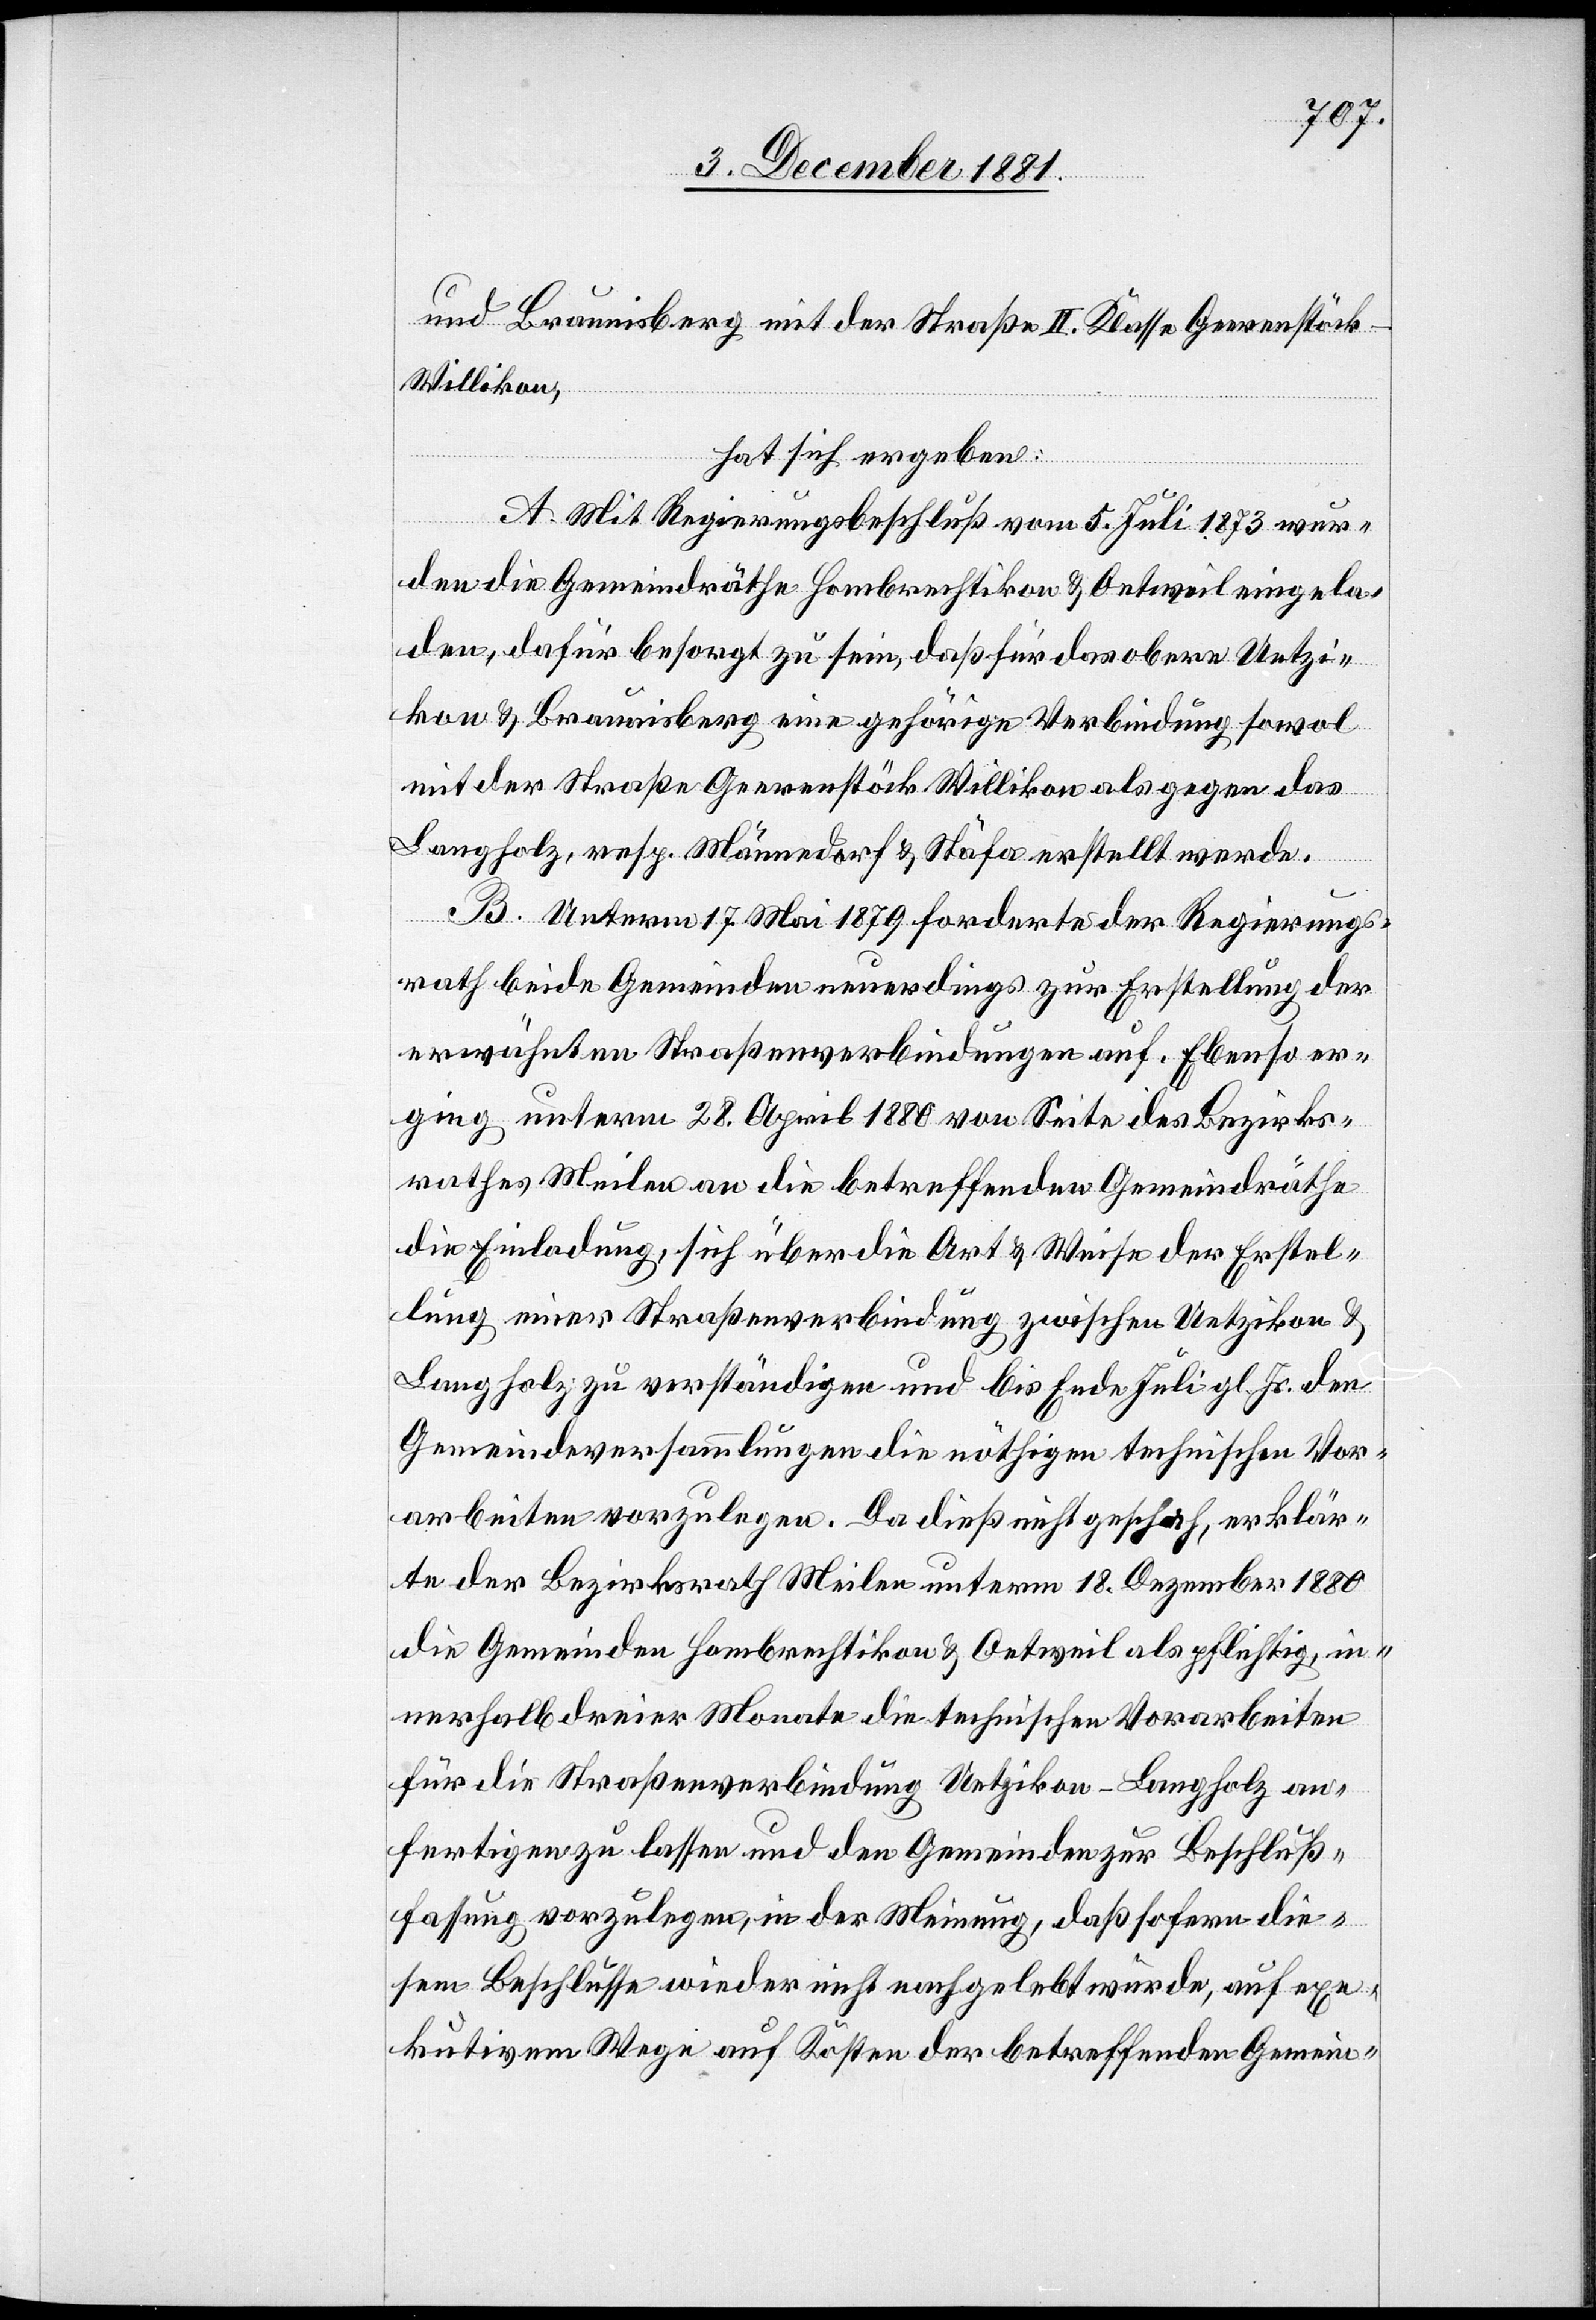
und Braunisberg mit der Straße II. Klasse Geerenstöc¬
k–Willikon,
hat sich ergeben:
A. Mit Regierungsbeschluß vom 5. Juli 1873 wur¬
den die Gemeindräthe Hombrechtikon & Oetweil eingela¬
den, dafür besorgt zu sein, daß für das obere Uetzi¬
kon & Braunisberg eine gehörige Verbindung sowol
mit der Straße Geerenstöck Willikon als gegen das
Langholz, resp. Männedorf & Stäfa erstellt werde.
B. Unterm 17. Mai 1879 forderte der Regierungs¬
rath beide Gemeinden neuerdings zur Erstellung der
erwähnten Straßenverbindungen auf. Ebenso er¬
ging unterm 28. April 1880 von Seite des Bezirks¬
rathes Meilen an die betreffenden Gemeindräthe
die Einladung, sich über die Art & Weise der Erstel¬
lung einer Straßenverbindung zwischen Uetzikon &
Langholz zu verständigen und bis Ende Juli gl. Js. den
Gemeindeversammlungen die nöthigen technischen Vor¬
arbeiten vorzulegen. Da dieß nicht geschah, erklär¬
te der Bezirksrath Meilen unterm 18. Dezember 1880
die Gemeinden Hombrechtikon & Oetweil als pflichtig, in¬
nerhalb dreier Monate die technischen Vorarbeiten
für die Straßenverbindung Uetzikon–Langholz an¬
fertigen zu lassen und den Gemeinden zur Beschluß¬
fassung vorzulegen, in der Meinung, daß sofern die¬
sem Beschlusse wieder nicht nachgelebt würde, auf exe¬
kutivem Wege auf Kosten der bestreffenden Gemein-